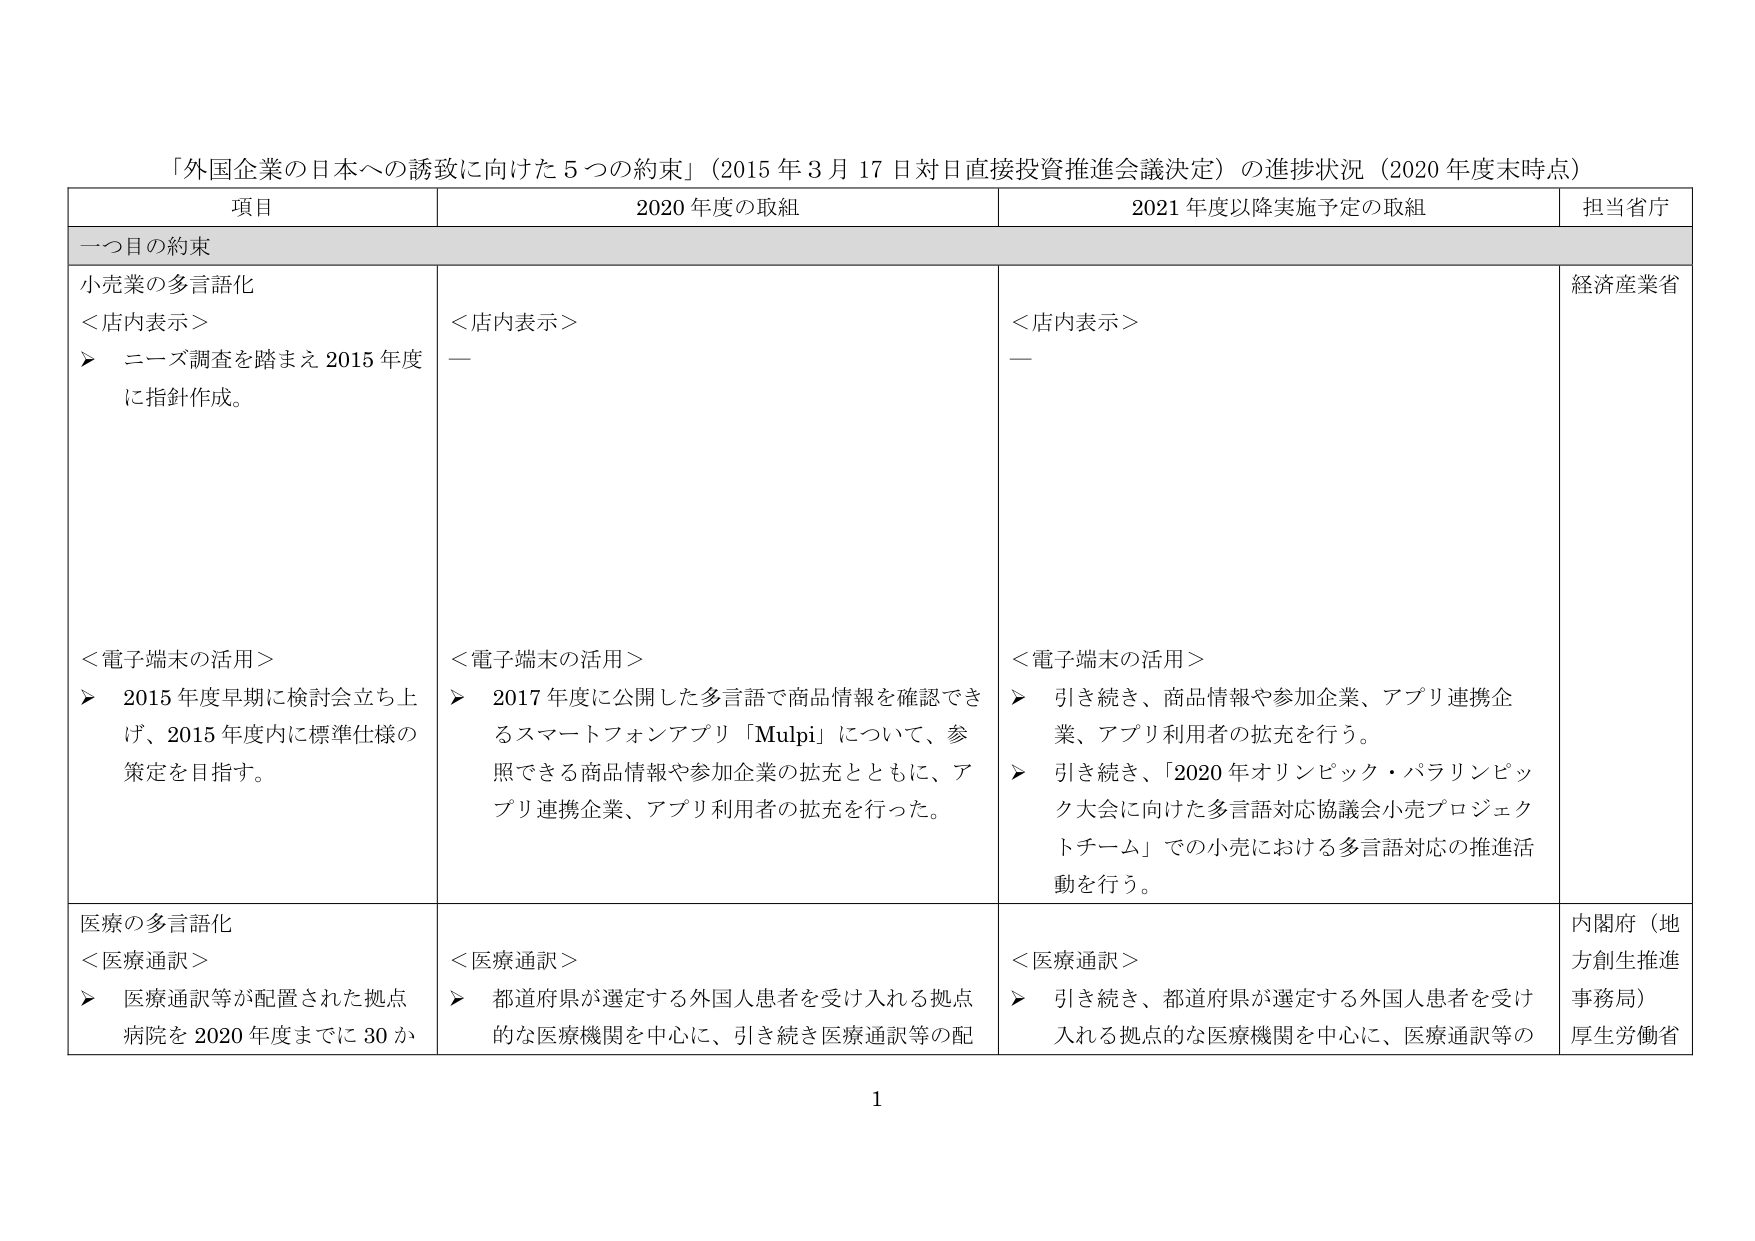
「外国企業の日本への誘致に向けた５つの約束」（2015年3月17日対日直接投資推進会議決定）の進捗状況（2020年度末時点）

項目 2020年度の取組 2021年度以降実施予定の取組 担当省庁

一つ目の約束

小売業の多言語化
＜店内表示＞
➤ ニーズ調査を踏まえ2015年度に指針作成。

＜電子端末の活用＞
➤ 2015年度早期に検討会立ち上げ、2015年度内に標準仕様の策定を目指す。

＜店内表示＞
—

＜電子端末の活用＞
➤ 2017年度に公開した多言語で商品情報を確認できるスマートフォンアプリ「Mulpi」について、参照できる商品情報や参加企業の拡充とともに、アプリ連携企業、アプリ利用者の拡充を行った。

＜店内表示＞
—

＜電子端末の活用＞
➤ 引き続き、商品情報や参加企業、アプリ連携企業、アプリ利用者の拡充を行う。
➤ 引き続き、「2020年オリンピック・パラリンピック大会に向けた多言語対応協議会小売プロジェクトチーム」での小売における多言語対応の推進活動を行う。

経済産業省

医療の多言語化
＜医療通訳＞
➤ 医療通訳等が配置された拠点病院を2020年度までに30か

＜医療通訳＞
➤ 都道府県が選定する外国人患者を受け入れる拠点的な医療機関を中心に、引き続き医療通訳等の配

＜医療通訳＞
➤ 引き続き、都道府県が選定する外国人患者を受け入れる拠点的な医療機関を中心に、医療通訳等の

内閣府（地方創生推進事務局）
厚生労働省

1